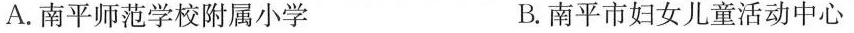
A.南平师范学校附属小学 B.南平市妇女儿童活动中心